Scottish Leaving Certificate Examination, 1956
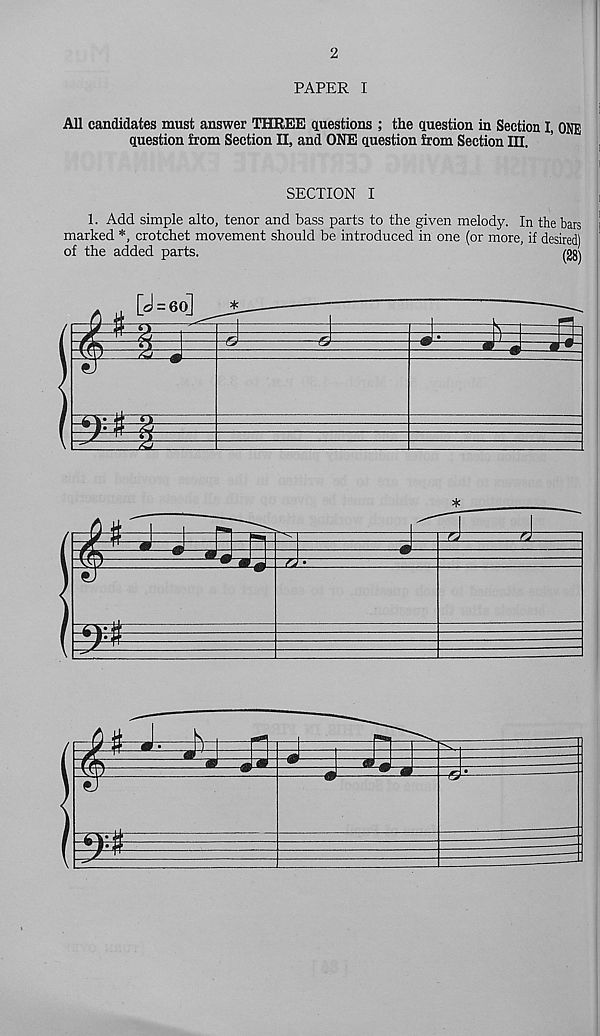
2
PAPER I
All candidates must answer THREE questions ; the question in Section I, ONE
question from Section II, and ONE question from Section III.
SECTION I
1. Add simple alto, tenor and bass parts to the given melody. In the bars
marked *, crotchet movement should be introduced in one (or more, if desired)
of the added parts.
(28)